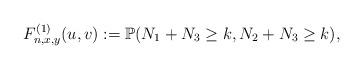
LaTeX: \begin{align*}F_{n,x,y}^{(1)}(u,v) := \mathbb{P}(N_1+N_3 \geq k, N_2 + N_3 \geq k),\end{align*}